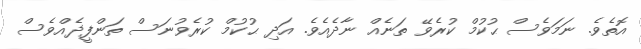
އޮތެވެ. ނަމަވެސް ޙުކުމް ކުރެވޭ ތަނެއް ނާދެއެވެ. އަދި ޙުކުމް ކުރެވުނަސް ތަންފީޛެއްވެސް